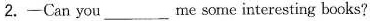
2. ——Can you ___ me some interesting books?